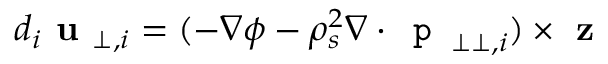
d _ { i } \textbf { u } _ { \perp , i } = ( - \nabla \phi - \rho _ { s } ^ { 2 } \nabla \cdot \texttt { p } _ { \perp \perp , i } ) \times \textbf { z }